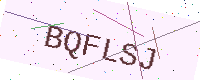
Text: BQFLSJ